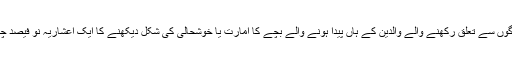
پاکستان کے دیہی علاقے کے 20 فیصد غریب ترین لوگوں سے تعلق رکھنے والے والدین کے ہاں پیدا ہونے والے بچے کا امارت یا خوشحالی کی شکل دیکھنے کا ایک اعشاریہ نو فیصد چانس بتایا جاتا ہے یعنی واضح طور پر صاف انکار ہے۔